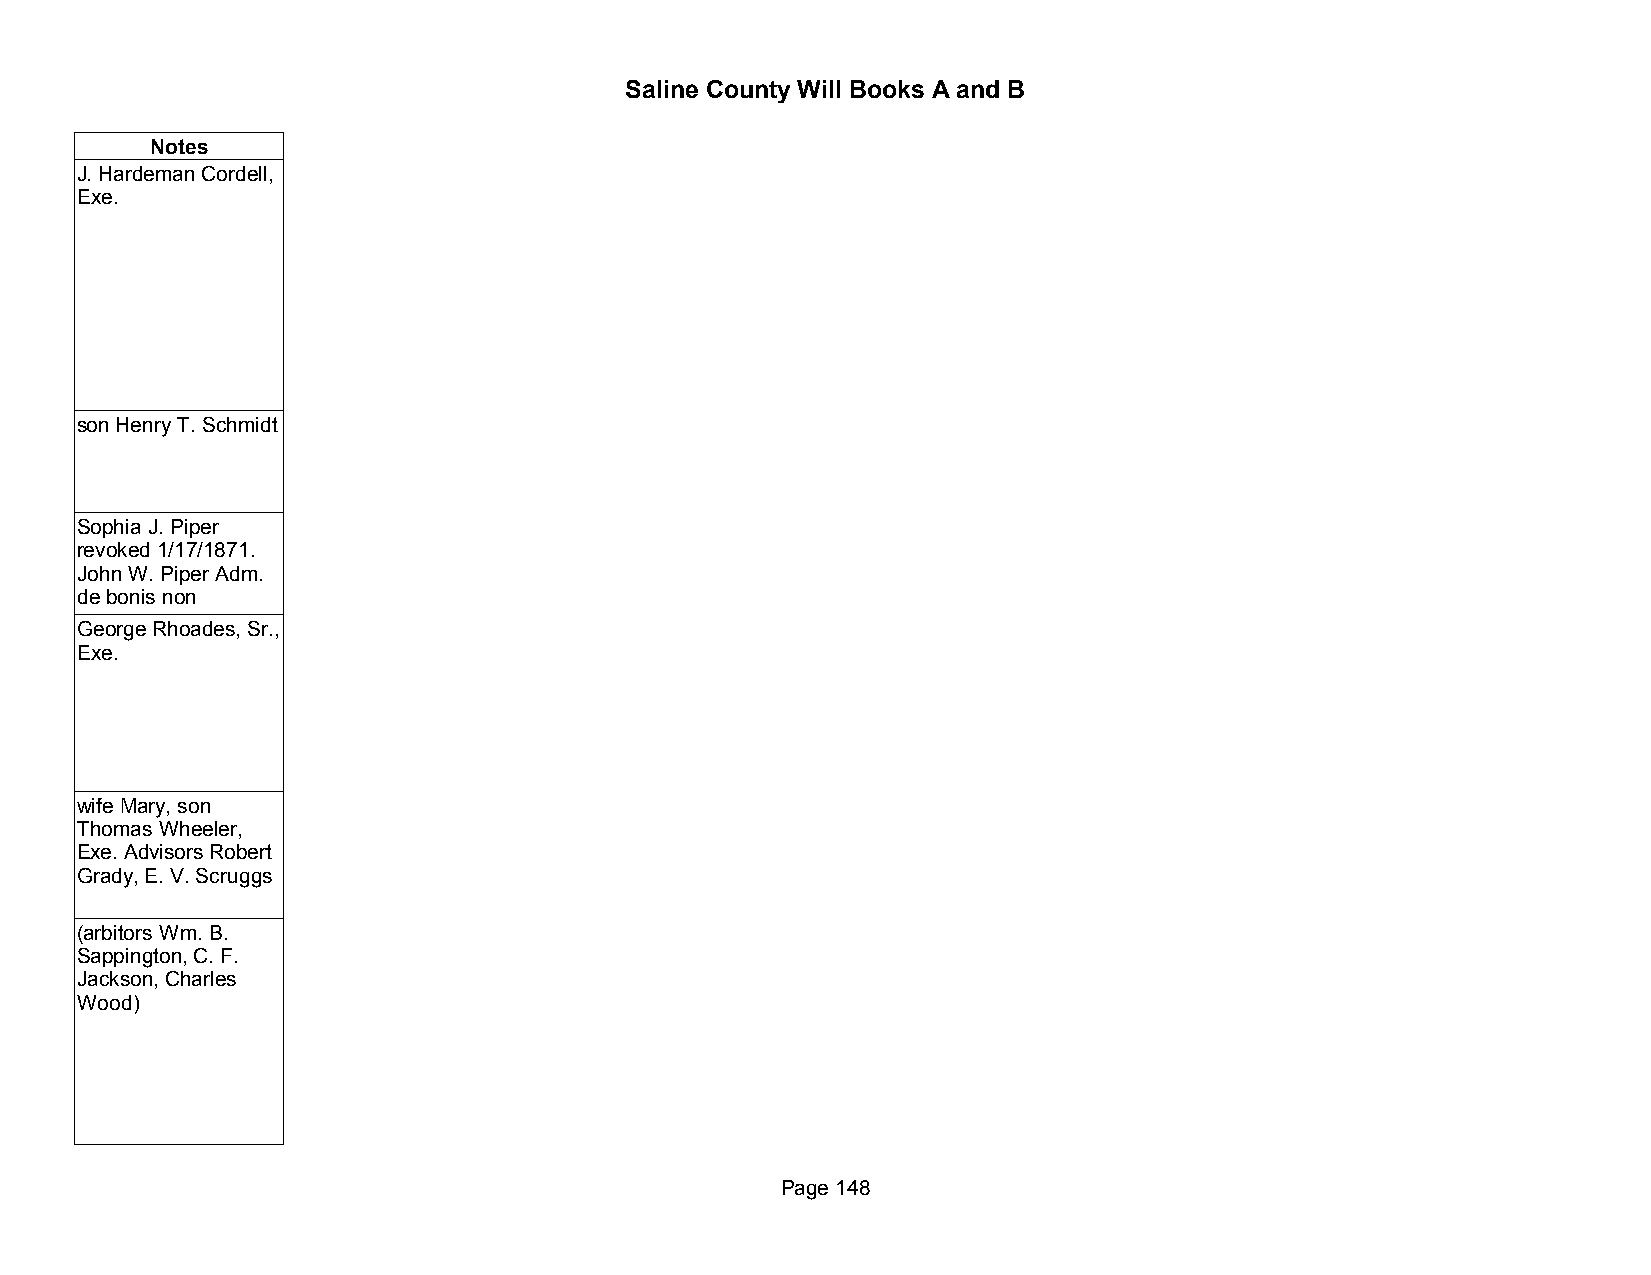
Saline County Will Books A and B
 Notes
 J. Hardeman Cordell,
 Exe.
 son Henry T. Schmidt
 Sophia J. Piper
 revoked 1/17/1871.
 John W. Piper Adm.
 de bonis non
 George Rhoades, Sr.,
 Exe.
 wife Mary, son
 Thomas Wheeler,
 Exe. Advisors Robert
 Grady, E. V. Scruggs
 (arbitors Wm. B.
 Sappington, C. F.
 Jackson, Charles
 Wood)
 Page 148